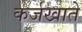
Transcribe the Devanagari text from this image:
कर्जखाते